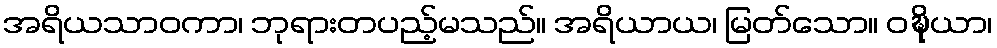
အရိယသာဝကာ၊ ဘုရားတပည့်မသည်။ အရိယာယ၊ မြတ်သော။ ဝဍ္ဎိယာ၊